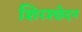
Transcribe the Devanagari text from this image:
शिरश्छेदन